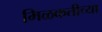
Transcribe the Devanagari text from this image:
मिळकतीच्या